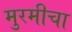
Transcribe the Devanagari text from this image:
मुरमीचा